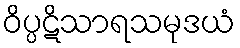
ဝိပ္ပဋိသာရသမုဒယံ